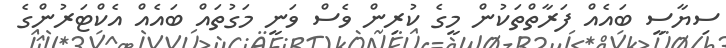
ސިޔާސީ ބައެއް ފަރާތްތަކުން މީގެ ކުރިން ވެސް ވަނީ މަގުތައް ބައެއް އެކްޓަރުންގެ